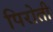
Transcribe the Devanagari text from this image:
पिरोती